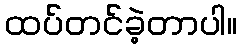
ထပ်တင်ခဲ့တာပါ။